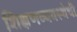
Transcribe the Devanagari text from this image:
शिक्षणव्यवस्थेची